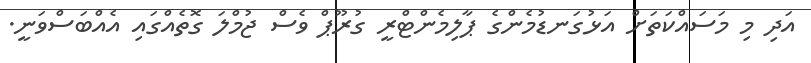
އަދި މި މަސައްކަތަށް އަޅުގަނޑުމެންގެ ޕާލިމެންޓްރީ ގުރޫޕް ވެސް ޖުމްލަ ގޮތެއްގައި އެއްބަސްވަނީ.